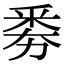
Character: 𠢏